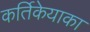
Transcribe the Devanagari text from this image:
कर्तिकेयाका